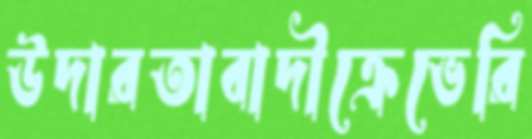
উদারতাবাদীক্রেভেরি